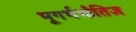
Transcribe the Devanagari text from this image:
भूगर्भभौतिज्ञ